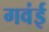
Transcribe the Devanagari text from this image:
गवंई